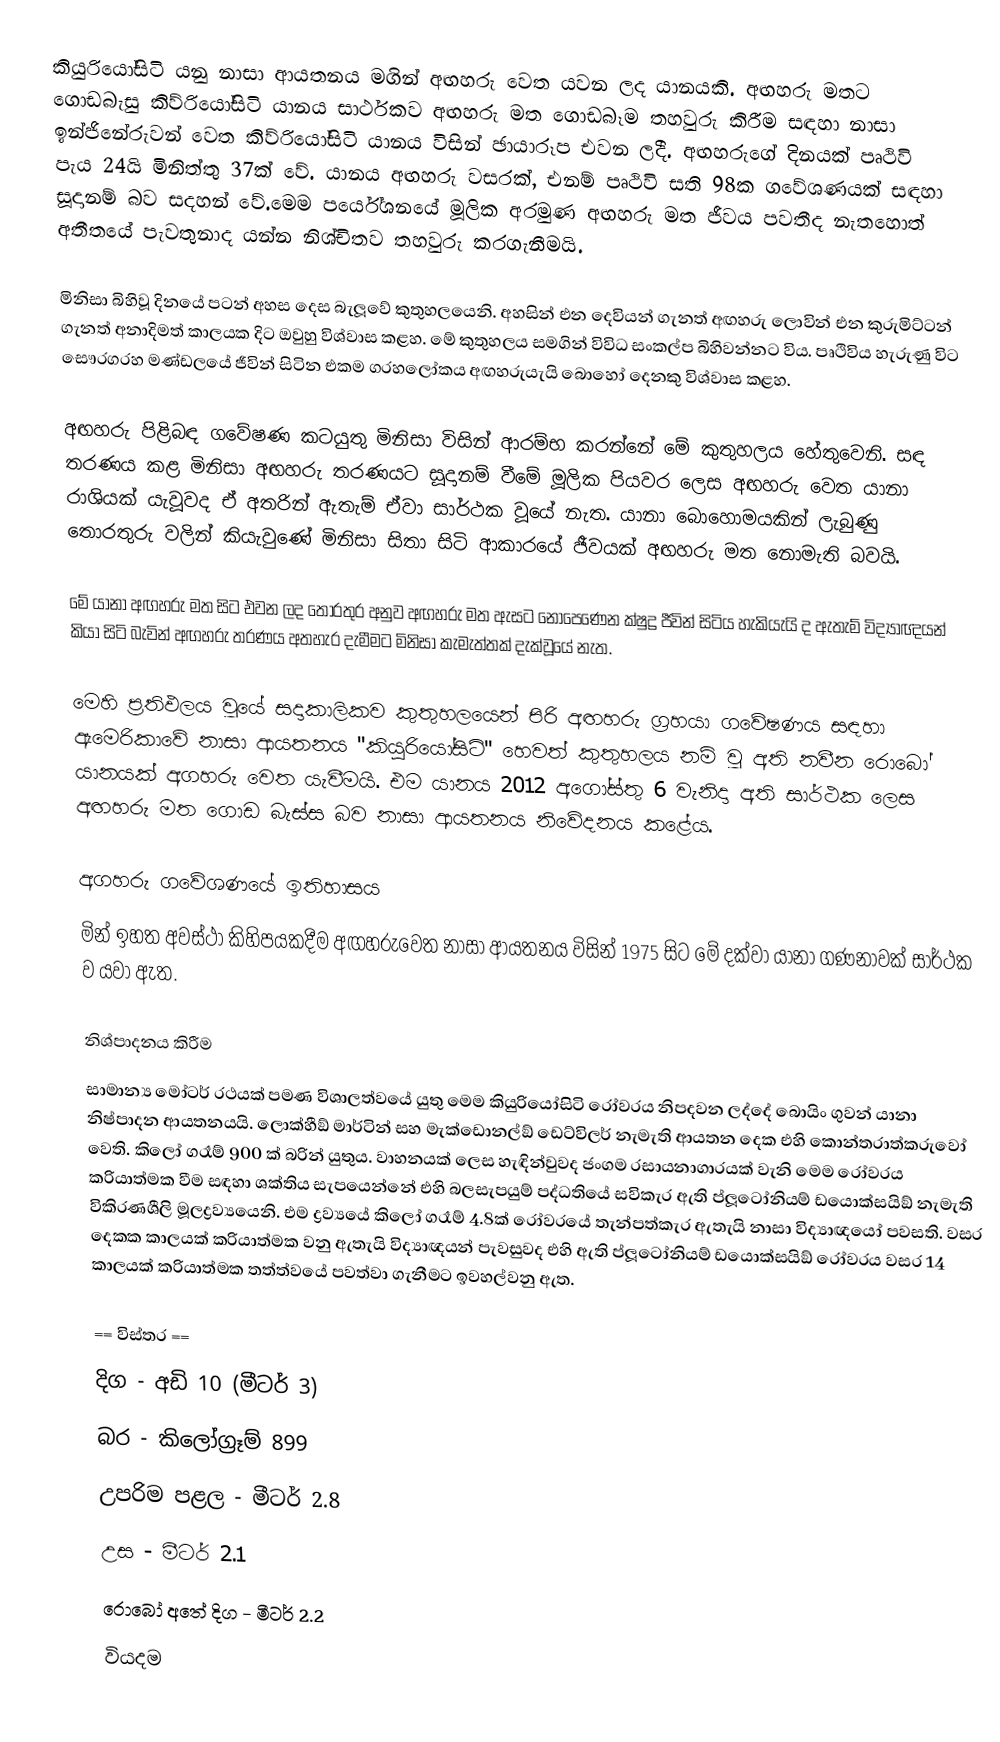
කියුරියෝසිටි යනු නාසා ආයතනය මගින් අඟහරු වෙත යවන ලද යානයකි. අඟහරු මතට ගොඩබැසු කිව්රියෝසිටි යානය සාර්ථකව අඟහරු මත ගොඩබෑම තහවුරු කිරීම සඳහා නාසා ඉන්ජිනේරුවන් වෙත කිව්රියෝසිටි යානය විසින් ඡායාරූප එවන ලදී. අඟහරුගේ දිනයක් පෘථිවි පැය 24යි මිනිත්තු 37ක් වේ. යානය අඟහරු වසරක්, එනම් පෘථිවි සති 98ක ගවේශණයක් සඳහා සූදානම් බව සදහන්  වේ.මෙම පර්යේශනයේ මූලික අරමුණ අඟහරු මත ජීවය පවතීද නැතහොත් අතීතයේ පැවතුනාද යන්න නිශ්චිතව තහවුරු කරගැනීමයි.

මිනිසා බිහිවූ දිනයේ පටන් අහස දෙස බැලූවේ කුතුහලයෙනි. අහසින් එන දෙවියන් ගැනත් අඟහරු ලොවින් එන කුරුමිට්ටන් ගැනත් අනාදිමත් කාලයක දිට ඔවුහු විශ්වාස කළහ. මේ කුතුහලය සමගින් විවිධ සංකල්ප බිහිවන්නට විය. පෘථිවිය හැරුණු විට සෞරග‍්‍රහ මණ්ඩලයේ ජීවින් සිටින එකම ග‍්‍රහලෝකය අඟහරුයැයි බොහෝ දෙනකු විශ්වාස කළහ.

අඟහරු පිළිබඳ ගවේෂණ කටයුතු මිනිසා විසින් ආරම්භ කරන්නේ මේ කුතුහලය හේතුවෙනි. සඳ තරණය කළ මිනිසා අඟහරු තරණයට සූදානම් වීමේ මූලික පියවර ලෙස අඟහරු වෙත යානා රාශියක් යැවූවද ඒ අතරින් ඇතැම් ඒවා සාර්ථක වූයේ නැත. යානා බොහොමයකින් ලැබුණු තොරතුරු වලින් කියැවුණේ මිනිසා සිතා සිටි ආකාරයේ ජීවයක් අඟහරු මත නොමැති බවයි.

මේ යානා අඟහරු මත සිට එවන ලද තොරතුර අනුව අඟහරු මත ඇසට නොපෙණෙන ක්ෂුද්‍ර ජීවින් සිටිය හැකියැයි ද ඇතැම් විද්‍යාඥයන් කියා සිටි බැවින් අඟහරු තරණය අතහැර දැමීමට මිනිසා කැමැත්තක් දැක්වූයේ නැත.

මෙහි ප‍්‍රතිඵලය වූයේ සදාකාලිකව කුතුහලයෙන් පිරි අඟහරු ග‍්‍රහයා ගවේෂණය සඳහා ඇමෙරිකාවේ නාසා ආයතනය "කියුරියෝසිටි" හෙවත් කුතුහලය නම් වූ අති නවීන රොබෝ යානයක් අගහරු වෙත යැවීමයි. එම යානය 2012 අගෝස්තු 6 වැනිදා අති සාර්ථක ලෙස අඟහරු මත ගොඩ බැස්ස බව නාසා ආයතනය නිවේදනය කළේය.

අගහරු ගවේශණයේ ඉතිහාසය
මින් ඉහත අවස්ථා කිහිපයකදීම අඟහරුවෙත නාසා ආයතනය විසින් 1975 සිට මේ දක්වා යානා ගණනාවක් සාර්ථක ව යවා ඇත.

නිශ්පාදනය කිරීම
සාමාන්‍ය මෝටර් රථයක් පමණ විශාලත්වයේ යුතු මෙම කියුරියෝසිටි රෝවරය නිපදවන ලද්දේ බොයිං ගුවන් යානා නිෂ්පාදන ආයතනයයි. ලොක්හීඞ් මාර්ටින් සහ මැක්ඩොනල්ඞ් ඩෙට්විලර් නැමැති ආයතන දෙක එහි කොන්ත‍්‍රාත්කරුවෝ වෙති. කිලෝ ග‍්‍රෑම් 900 ක් බරින් යුතුය. වාහනයක් ලෙස හැඳින්වුවද ජංගම රසායනාගාරයක් වැනි මෙම රෝවරය ක‍්‍රියාත්මක වීම සඳහා ශක්තිය සැපයෙන්නේ එහි බලසැපයුම් පද්ධතියේ සවිකැර ඇති ප්ලූටෝනියම් ඩයොක්සයිඞ් නැමැති විකිරණශීලි මූලද්‍රව්‍යයෙනි. එම ද්‍රව්‍යයේ කිලෝ ග‍්‍රෑම් 4.8ක් රෝවරයේ තැන්පත්කැර ඇතැයි නාසා විද්‍යාඥයෝ පවසති. වසර දෙකක කාලයක් ක‍්‍රියාත්මක වනු ඇතැයි විද්‍යාඥයන් පැවසුවද එහි ඇති ප්ලූටෝනියම් ඩයොක්සයිඞ් රෝවරය වසර 14 කාලයක් ක‍්‍රියාත්මක තත්ත්වයේ පවත්වා ගැනීමට ඉවහල්වනු ඇත.

== විස්තර ==
දිග - අඩි 10 (මීටර් 3)
බර - කිලෝග‍්‍රෑම් 899
උපරිම පළල - මීටර් 2.8
 උස - මීටර් 2.1
රොබෝ අතේ දිග - මීටර් 2.2
වියදම